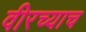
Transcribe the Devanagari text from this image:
वीरच्याच